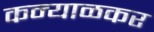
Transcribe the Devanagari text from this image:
कन्याळकर